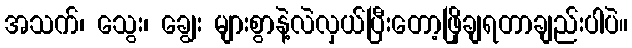
အသက်၊ သွေး၊ ချွေး များစွာနဲ့လဲလှယ်ပြီးတော့ဖြိုချရတာချည်းပါပဲ။